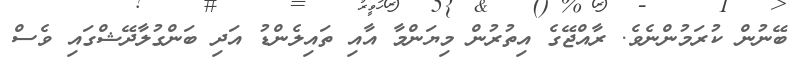
ބޭނުން ކުރަމުންނެވެ. ރާއްޖޭގެ އިތުރުން މިޔަންމާ އާއި ތައިލެންޑު އަދި ބަންގުލާދޭޝްގައި ވެސް